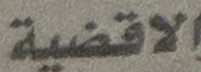
الاقضية